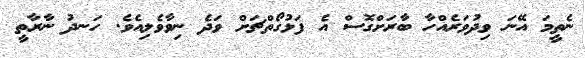
ނެތީމަ އޭނަ ވިދުވަރެއްހާ ބާރަށްގޮސް އެ ފަޅުގޯތްޗަށް ވަދެ ނިވާވެލިއެވެ. ހަނދު ނާރާތީ